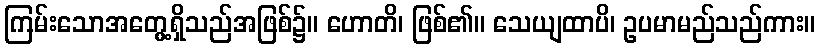
ကြမ်းသောအတွေ့ရှိသည်အဖြစ်၌။ ဟောတိ၊ ဖြစ်၏။ သေယျထာပိ၊ ဥပမာမည်သည်ကား။